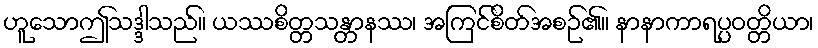
ဟူသောဤသဒ္ဒါသည်။ ယဿစိတ္တသန္တာနဿ၊ အကြင်စိတ်အစဉ်၏။ နာနာကာရပ္ပဝတ္တိယာ၊